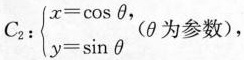
$$C2:\begin { cases } x = \cos θ , \\